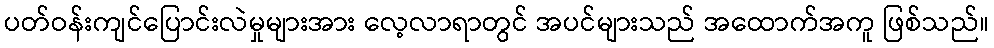
ပတ်ဝန်းကျင်ပြောင်းလဲမှုများအား လေ့လာရာတွင် အပင်များသည် အထောက်အကူ ဖြစ်သည်။